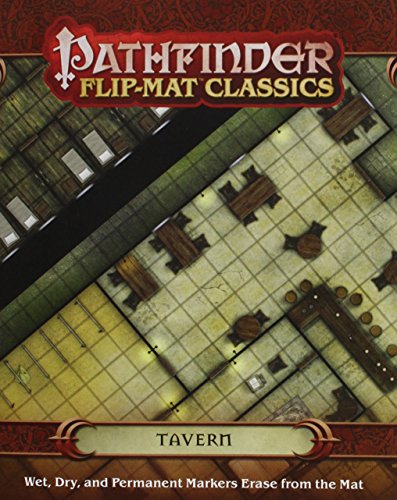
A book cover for Pathfinder Flip-Mat Classics: Tavern; Stephen Radney-Macfarland; Science Fiction & Fantasy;